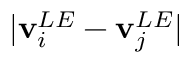
| \mathbf { v } _ { i } ^ { L E } - \mathbf { v } _ { j } ^ { L E } |